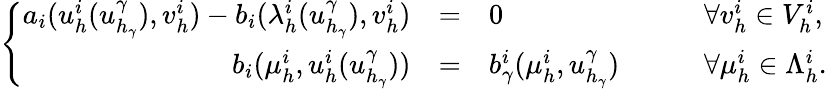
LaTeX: \left\{ \begin{array}{rcll}{a_{i}(u_{h}^{i}(u_{h_{\gamma}}^{\gamma}),v_{h}^{i})-b_{i}(\lambda_{h}^{i}(u_{h_{\gamma}}^{\gamma}),v_{h}^{i})}&{=}&{0}&{\qquad\forall v_{h}^{i}\in V_{h}^{i},}\\ {b_{i}(\mu_{h}^{i},u_{h}^{i}(u_{h_{\gamma}}^{\gamma}))}&{=}&{b_{\gamma}^{i}(\mu_{h}^{i},u_{h_{\gamma}}^{\gamma})}&{\qquad\forall\mu_{h}^{i}\in\Lambda_{h}^{i}.}\end{array}\right.